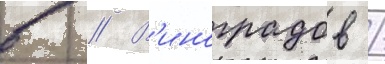
в // В'иноградов /